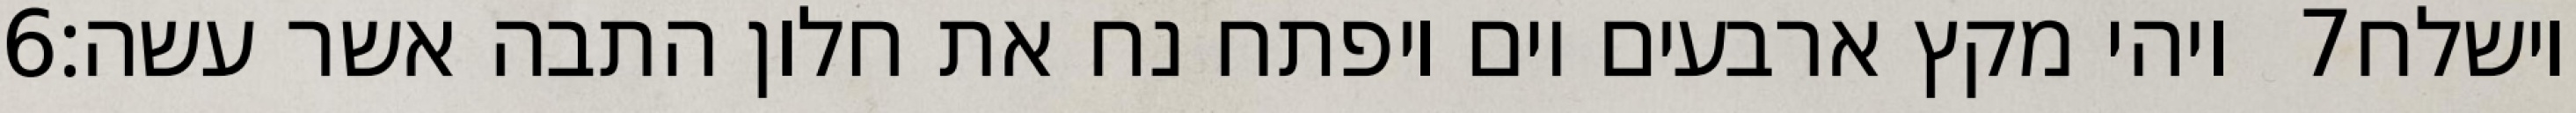
‎6‏ ויהי מקץ ארבעים יום ויפתח נח את חלון התבה אשר עשה׃ ‎7‏ וישלח